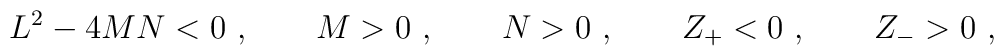
L^2- 4MN<0 \ , \qquad M>0\ , \qquad N>0\ ,   \qquad Z_+ < 0\ , \qquad Z_->0 \ ,